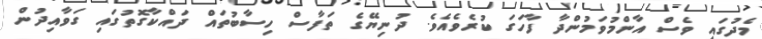
މެދުގައި ވެސް އާންމުވަމުންދާ ފާހަގަ ކުރެވެއެވެ. ދުނިޔޭގެ ތަފާސް ހިސާބުތައް ދައްކާގޮތުގައި ގަވާއިދުން